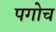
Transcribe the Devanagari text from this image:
पगोच